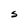
Character: S